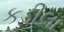
કડીલા